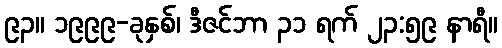
၉၃။ ၁၉၉၉-ခုနှစ်၊ ဒီဇင်ဘာ ၃၁ ရက် ၂၃:၅၉ နာရီ။